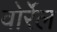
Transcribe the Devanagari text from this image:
वोर्रेल